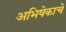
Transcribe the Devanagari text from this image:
अभिषेकाचे